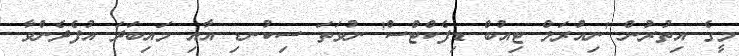
މީގެ އިތުރުން 'ނިއުރަލް ޓިއުބް ޑިފެކްޓްސް' ނުވަތަ ސިކުނޑި އާއި މައިބަދަ އުފެދެންވާ